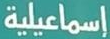
إسماعيلية